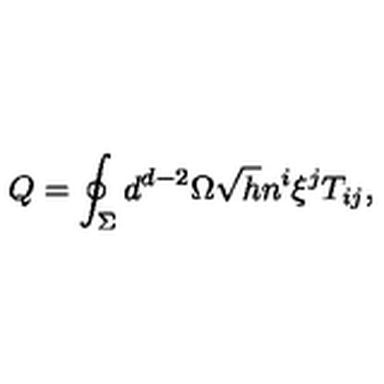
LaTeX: Q = \oint _ { \Sigma } d ^ { d - 2 } \Omega \sqrt { h } n ^ { i } \xi ^ { j } T _ { i j } ,